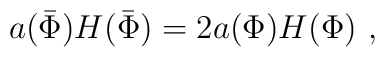
a(\bar \Phi) H(\bar \Phi) = 2 a(\Phi) H(\Phi) \ ,